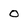
Character: O